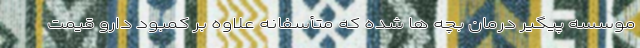
موسسه پیگیر درمان بچه ها شده که متأسفانه علاوه بر کمبود دارو قیمت